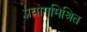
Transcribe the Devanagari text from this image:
प्रयोगमिश्रित